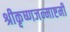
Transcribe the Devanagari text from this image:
श्रीकृष्णजन्माष्टमी